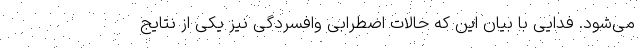
می‌شود. فدایی با بیان این که حالات اضطرابی وافسردگی نیز یکی از نتایج